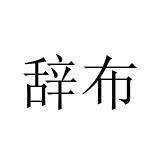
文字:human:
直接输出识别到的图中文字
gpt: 辞布